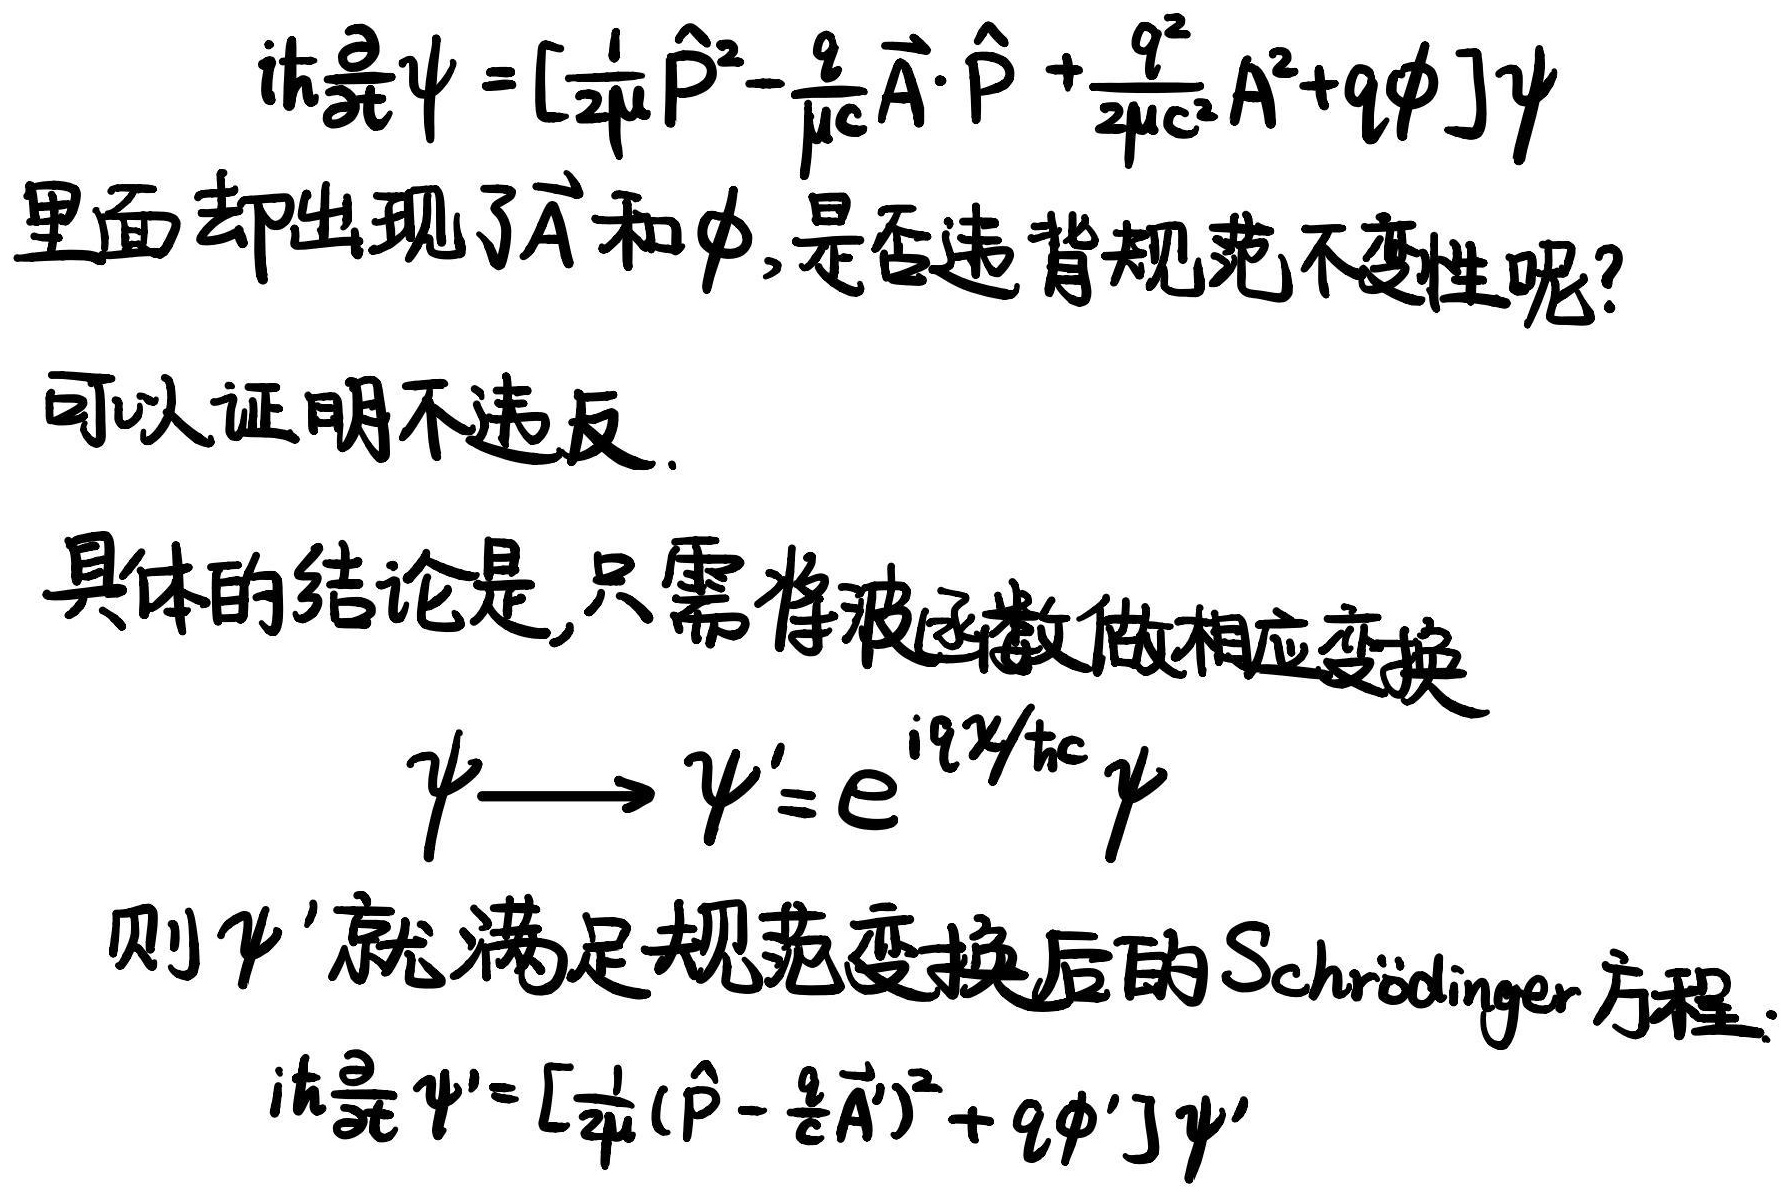
$i\hbar\frac{\partial}{\partial t}\psi = [\frac{1}{2\mu}\hat{\vec{p}}^{2}-\frac{q}{\mu c}\vec{A}\cdot\hat{\vec{p}}+\frac{q^{2}}{2\mu c^{2}}A^{2}+q\phi]\psi$里面却出现了$\vec{A}$和$\phi$，是否违背规范不变性呢？可以证明不违反。具体的结论是，只需将波函数做相应变换$\psi\longrightarrow\psi' = e^{iq\chi/\hbar c}\psi$则$\psi'$就满足规范变换后的 Schrödinger 方程。$i\hbar\frac{\partial}{\partial t}\psi' = [\frac{1}{2\mu}(\hat{\vec{p}}-\frac{q}{c}\vec{A}')^{2}+q\phi']\psi'$